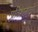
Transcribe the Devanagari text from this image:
प्रतिष्ठानाद्वारे